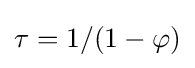
\tau =1/(1-\varphi )